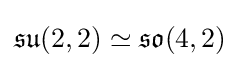
{\mathfrak {su}}(2,2)\simeq {\mathfrak {so}}(4,2)